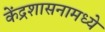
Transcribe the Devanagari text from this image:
केंद्रशासनामध्ये